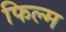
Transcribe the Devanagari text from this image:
फिल्‍म्‍ा